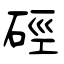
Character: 硜